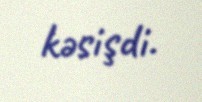
kəsişdi.